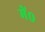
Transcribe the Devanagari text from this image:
में०